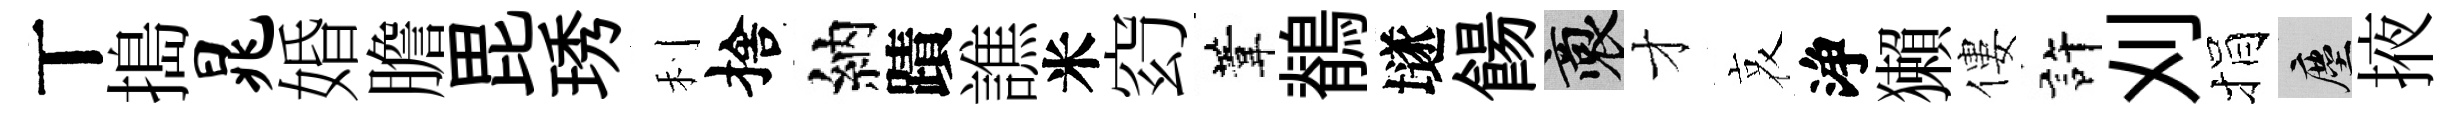
丅搗晁婚膽毘琇利捨納蹟譙米𥥆葦鶺𡑞餳裔才哀浄獺僂許刈捐塵掖